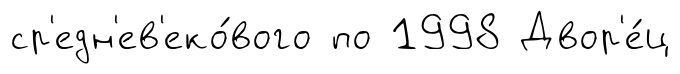
ср'едн'ев'еко́вого по 1998 Двор'е́ц